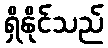
ရှိနိုင်သည်